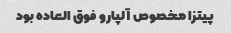
پیتزا مخصوص آلپارو فوق العاده بود